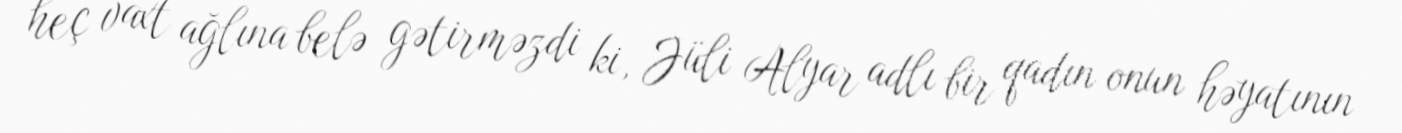
heç vaxt ağlına belə gətirməzdi ki, Jüli Alyar adlı bir qadın onun həyatının